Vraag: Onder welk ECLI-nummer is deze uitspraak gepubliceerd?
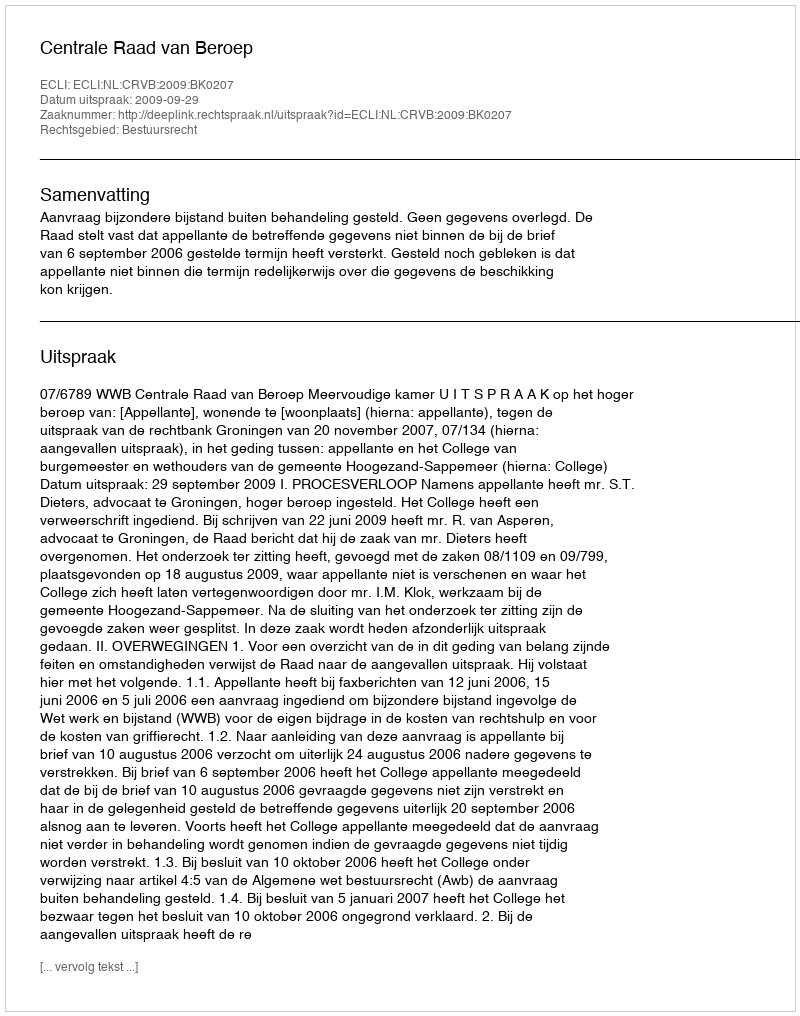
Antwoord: ECLI:NL:CRVB:2009:BK0207